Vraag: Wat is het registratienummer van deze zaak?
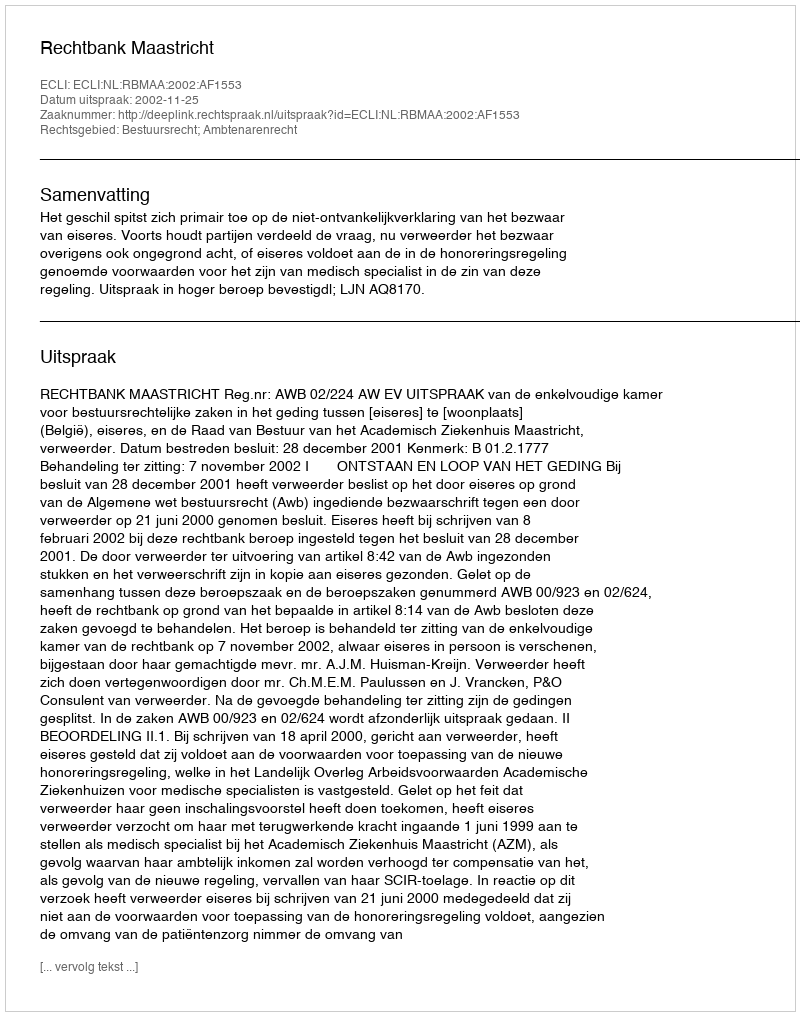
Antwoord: http://deeplink.rechtspraak.nl/uitspraak?id=ECLI:NL:RBMAA:2002:AF1553